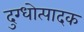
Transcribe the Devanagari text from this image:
दुग्धोत्पादक